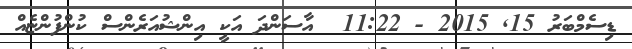
ޑިސެމްބަރު 15